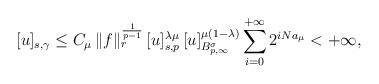
LaTeX: \begin{align*}[u]_{s,\gamma}\leq C_\mu\, \|f\|_r^{\frac{1}{p-1}}\, [u]_{s, p}^{\lambda\mu}\, [u]_{B^\sigma_{p, \infty}}^{\mu(1-\lambda)}\sum_{i=0}^{+\infty}2^{iNa_\mu}<+\infty,\end{align*}